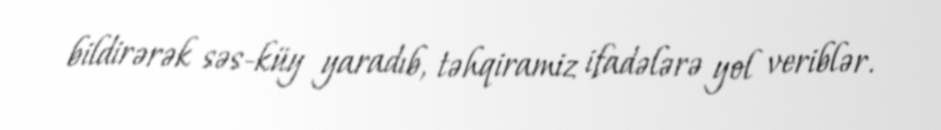
bildirərək səs-küy yaradıb, təhqiramiz ifadələrə yol veriblər.